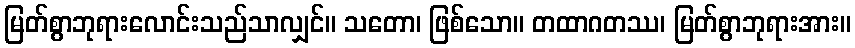
မြတ်စွာဘုရားလောင်းသည်သာလျှင်။ သတော၊ ဖြစ်သော။ တထာဂတဿ၊ မြတ်စွာဘုရားအား။